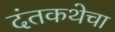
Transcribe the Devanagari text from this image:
दंतकथेचा